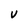
Character: v